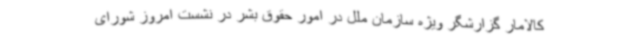
کالامار گزارشگر ویژه سازمان ملل در امور حقوق بشر در نشست امروز شورای